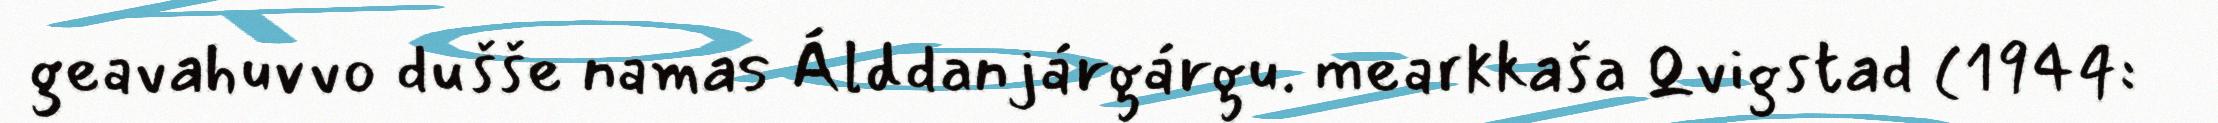
geavahuvvo dušše namas Álddanjárgárgu. mearkkaša Qvigstad (1944: